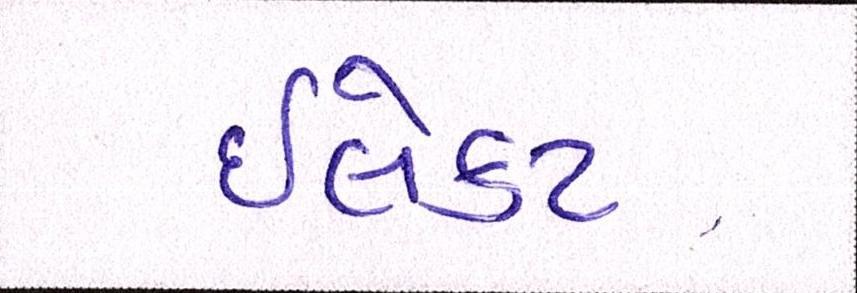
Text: ઈલેક્ટ